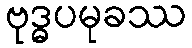
ဗုဒ္ဓပမုခဿ